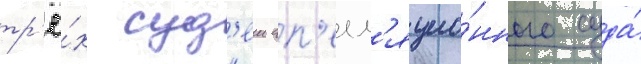
тр'ё́х суд'еи ап'елл'яцио́нного суда́